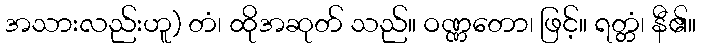
အသားလည်းဟူ) တံ၊ ထိုအဆုတ် သည်။ ဝဏ္ဏတော၊ ဖြင့်။ ရတ္တံ၊ နီ၏။